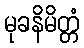
မုခနိမိတ္တံ